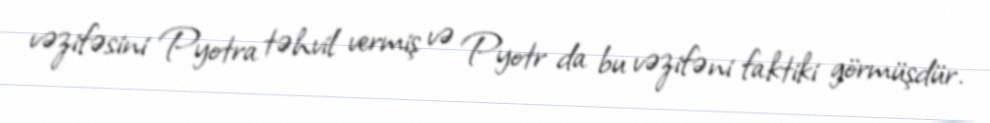
vəzifəsini Pyotra təhvil vermiş və Pyotr da bu vəzifəni faktiki görmüşdür.